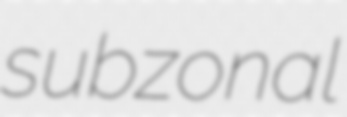
subzonal